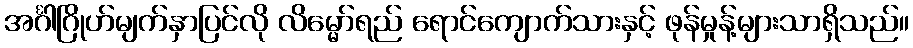
အင်္ဂါဂြိုဟ်မျက်နှာပြင်လို လိမ္မော်ရည် ရောင်ကျောက်သားနှင့် ဖုန်မှုန့်များသာရှိသည်။